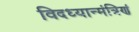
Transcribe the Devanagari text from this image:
विदध्यान्मंत्रिणं